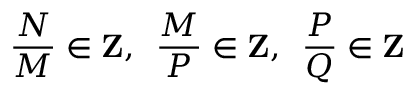
{ \frac { N } { M } } \in { \bf Z } , \, \, \, { \frac { M } { P } } \in { \bf Z } , \, \, \, { \frac { P } { Q } } \in { \bf Z }